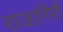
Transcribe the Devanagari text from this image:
राजागिरी